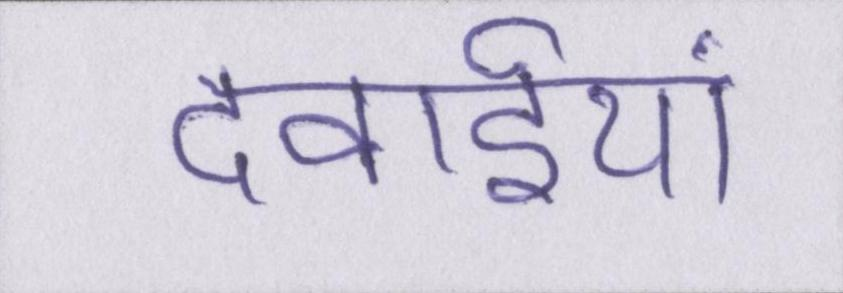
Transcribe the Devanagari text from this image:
दवाईयां